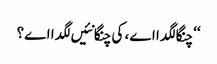
‘‘ چنگا لگدا اے، کی چنگا نئیں لگدا اے؟